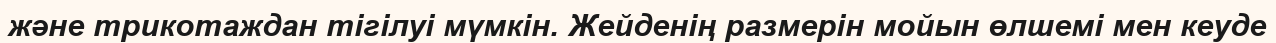
және трикотаждан тігілуі мүмкін. Жейденің размерін мойын өлшемі мен кеуде